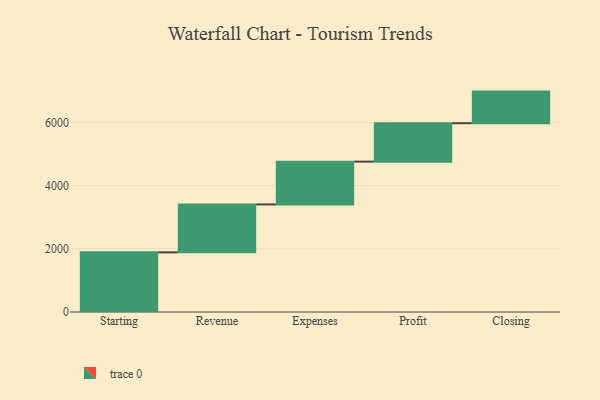
{"axis": {"x": "Step", "y": "Value"}, "legend": [""], "data": [{"x": "Starting", "y": 1887.0, "type": ""}, {"x": "Revenue", "y": 1517.0, "type": ""}, {"x": "Expenses", "y": 1354.0, "type": ""}, {"x": "Profit", "y": 1216.0, "type": ""}, {"x": "Closing", "y": 1000, "type": ""}]}